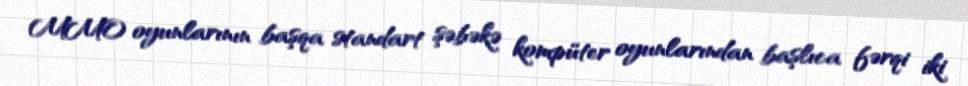
MMO oyunlarının başqa standart şəbəkə kompüter oyunlarından başlıca fərqi iki